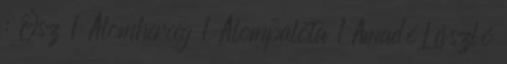
: Ősz 1 Álomherceg 1 Álompalota 1 Amadé László